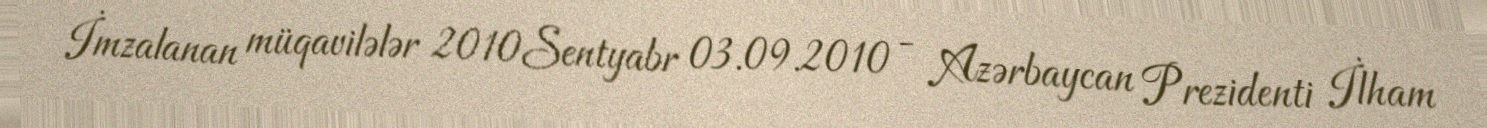
İmzalanan müqavilələr 2010Sentyabr 03.09.2010 - Azərbaycan Prezidenti İlham